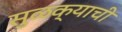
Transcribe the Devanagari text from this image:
सुळक्याची